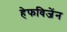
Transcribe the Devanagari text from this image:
हेफविजेंन